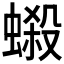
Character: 𧏫